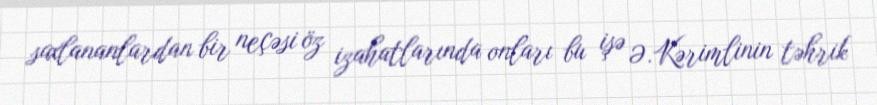
saxlananlardan bir neçəsi öz izahatlarında onları bu işə Ə.Kərimlinin təhrik